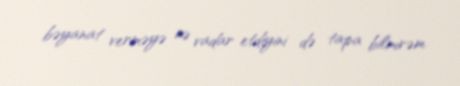
bəyanat verməyə nə vadar etdiyini də tapa bilmirəm.